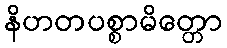
နိဟတပစ္စာမိတ္တော